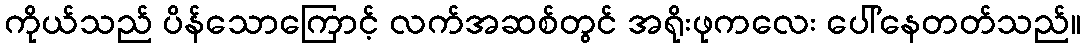
ကိုယ်သည် ပိန်သောကြောင့် လက်အဆစ်တွင် အရိုးဖုကလေး ပေါ်နေတတ်သည်။